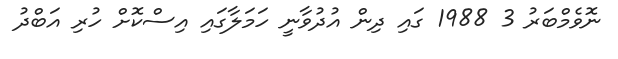
ނޮވެމްބަރު 3 1988 ގައި ދިން އުދުވާނީ ހަމަލާގައި އިސްކޮށް ހުރި އަބްދު